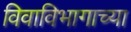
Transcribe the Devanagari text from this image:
विवाविभागाच्या